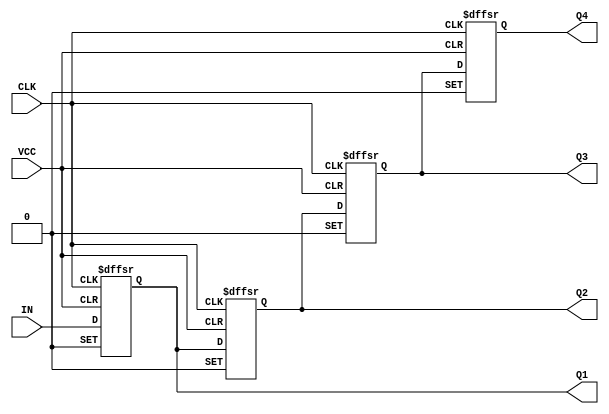
// Copyright (C) 2023  Intel Corporation. All rights reserved.
// Your use of Intel Corporation's design tools, logic functions 
// and other software and tools, and any partner logic 
// functions, and any output files from any of the foregoing 
// (including device programming or simulation files), and any 
// associated documentation or information are expressly subject 
// to the terms and conditions of the Intel Program License 
// Subscription Agreement, the Intel Quartus Prime License Agreement,
// the Intel FPGA IP License Agreement, or other applicable license
// agreement, including, without limitation, that your use is for
// the sole purpose of programming logic devices manufactured by
// Intel and sold by Intel or its authorized distributors.  Please
// refer to the applicable agreement for further details, at
// https://fpgasoftware.intel.com/eula.

// PROGRAM		"Quartus Prime"
// VERSION		"Version 22.1std.1 Build 917 02/14/2023 SC Standard Edition"
// CREATED		"Fri Apr 12 19:31:04 2024"

module lab10step1(
	CLK,
	IN,
	VCC,
	Q4,
	Q1,
	Q2,
	Q3
);


input wire	CLK;
input wire	IN;
input wire	VCC;
output reg	Q4;
output wire	Q1;
output wire	Q2;
output wire	Q3;

reg	DFF_inst2;
reg	DFF_inst;
reg	DFF_inst1;

assign	Q1 = DFF_inst2;
assign	Q2 = DFF_inst;
assign	Q3 = DFF_inst1;




always@(posedge CLK or negedge VCC or negedge VCC)
begin
if (!VCC)
	begin
	DFF_inst <= 0;
	end
else
if (!VCC)
	begin
	DFF_inst <= 1;
	end
else
	begin
	DFF_inst <= DFF_inst2;
	end
end


always@(posedge CLK or negedge VCC or negedge VCC)
begin
if (!VCC)
	begin
	DFF_inst1 <= 0;
	end
else
if (!VCC)
	begin
	DFF_inst1 <= 1;
	end
else
	begin
	DFF_inst1 <= DFF_inst;
	end
end


always@(posedge CLK or negedge VCC or negedge VCC)
begin
if (!VCC)
	begin
	DFF_inst2 <= 0;
	end
else
if (!VCC)
	begin
	DFF_inst2 <= 1;
	end
else
	begin
	DFF_inst2 <= IN;
	end
end


always@(posedge CLK or negedge VCC or negedge VCC)
begin
if (!VCC)
	begin
	Q4 <= 0;
	end
else
if (!VCC)
	begin
	Q4 <= 1;
	end
else
	begin
	Q4 <= DFF_inst1;
	end
end


endmodule